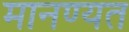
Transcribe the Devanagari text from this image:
मानण्यत